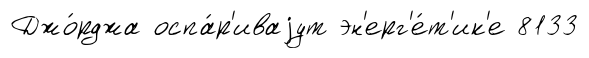
Джо́рджа оспа́р'иваjут эн'ерг'е́т'ик'е 8133